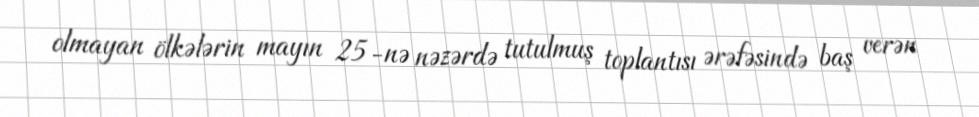
olmayan ölkələrin mayın 25-nə nəzərdə tutulmuş toplantısı ərəfəsində baş verən